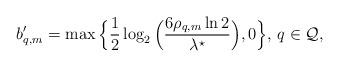
LaTeX: \begin{align*}b'_{q,m}=\max\Big\{\frac{1}{2}\log_2\Big(\frac{6\rho_{q,m}\ln 2}{\lambda^\star}\Big),0\Big\},\,q\in\mathcal{Q},\end{align*}